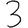
Digit: 3